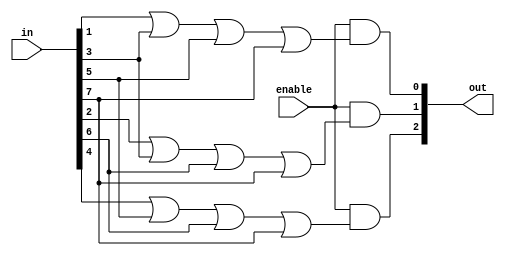
// active high enable and output encoder
module encoder_8_to_3 (input wire enable, input wire [7:0] in, output wire [2:0] out);

    // gate-level implementation
    // wire out_0;
    // wire out_1;
    // wire out_2;

    // or(out_0, in[1], in[3], in[5], in[7]);
    // or(out_1, in[2], in[3], in[6], in[7]);
    // or(out_2, in[4], in[5], in[6], in[7]);

    // and(out[0], enable, out_0);
    // and(out[1], enable, out_1);
    // and(out[2], enable, out_2);

    // ------------------------------------------------

    // dataflow implementation
    assign out[0] = enable & (in[1] | in[3] | in[5] | in[7]);
    assign out[1] = enable & (in[2] | in[3] | in[6] | in[7]);
    assign out[2] = enable & (in[4] | in[5] | in[6] | in[7]);

    // ------------------------------------------------

    // behavioral implementation --> change output wire to reg

    // always @ (enable or in) begin
    //     if (~enable) begin
    //         out = 3'b000;
    //     end else begin
    //         case (in)
    //             8'b00000001: out = 3'b000;
    //             8'b00000010: out = 3'b001;
    //             8'b00000100: out = 3'b010;
    //             8'b00001000: out = 3'b011;
    //             8'b00010000: out = 3'b100;
    //             8'b00100000: out = 3'b101;
    //             8'b01000000: out = 3'b110;
    //             8'b10000000: out = 3'b111;
    //             default: out = 3'b000;
    //         endcase
    //     end
    // end

endmodule